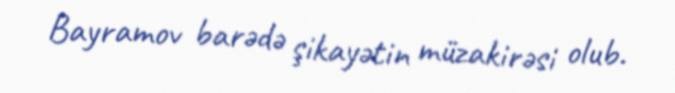
Bayramov barədə şikayətin müzakirəsi olub.